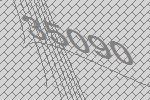
35090